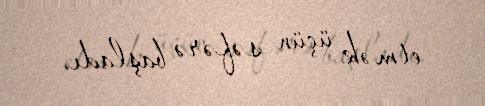
etmək üçün səfərə başladı.